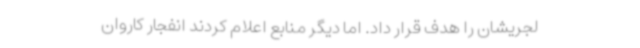
لجریشان را هدف قرار داد. اما دیگر منابع اعلام کردند انفجار کاروان